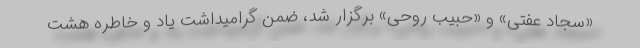
«سجاد عفتی» و «حبیب روحی» برگزار شد، ضمن گرامیداشت یاد و خاطره هشت